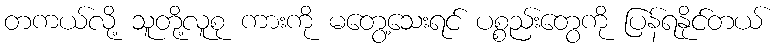
တကယ်လို့ သူတို့လူစု ကားကို မတွေ့သေးရင် ပစ္စည်းတွေကို ပြန်ရနိုင်တယ်